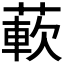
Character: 𬝵